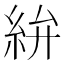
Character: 𥿋